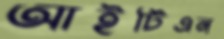
আইটিএন